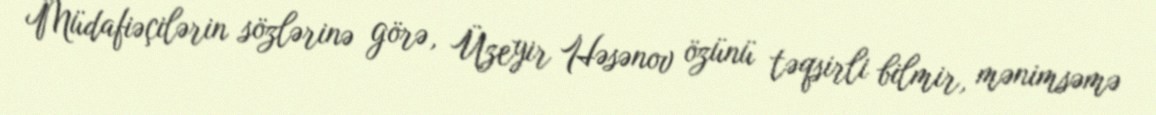
Müdafiəçilərin sözlərinə görə, Üzeyir Həsənov özünü təqsirli bilmir, mənimsəmə